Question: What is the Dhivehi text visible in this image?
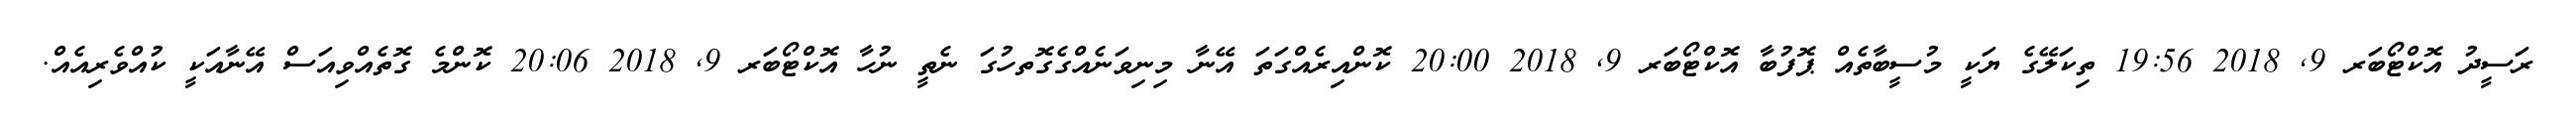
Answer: ރަސީދު އޮކްޓޯބަރ 9, 2018 19:56 ތިކަލޭގެ ޔަކީ މުސީބާތެއް ޕޮފުބާ އޮކްޓޯބަރ 9, 2018 20:00 ކޮންއިރެއްގަތަ އޭނާ މިނިވަނެއްގެގޮތހުގަ ނެތީ ނުހާ އޮކްޓޯބަރ 9, 2018 20:06 ކޮންމެ ގޮތެއްވިއަސް އޭނާއަކީ ކުއްވެރިއެއް.